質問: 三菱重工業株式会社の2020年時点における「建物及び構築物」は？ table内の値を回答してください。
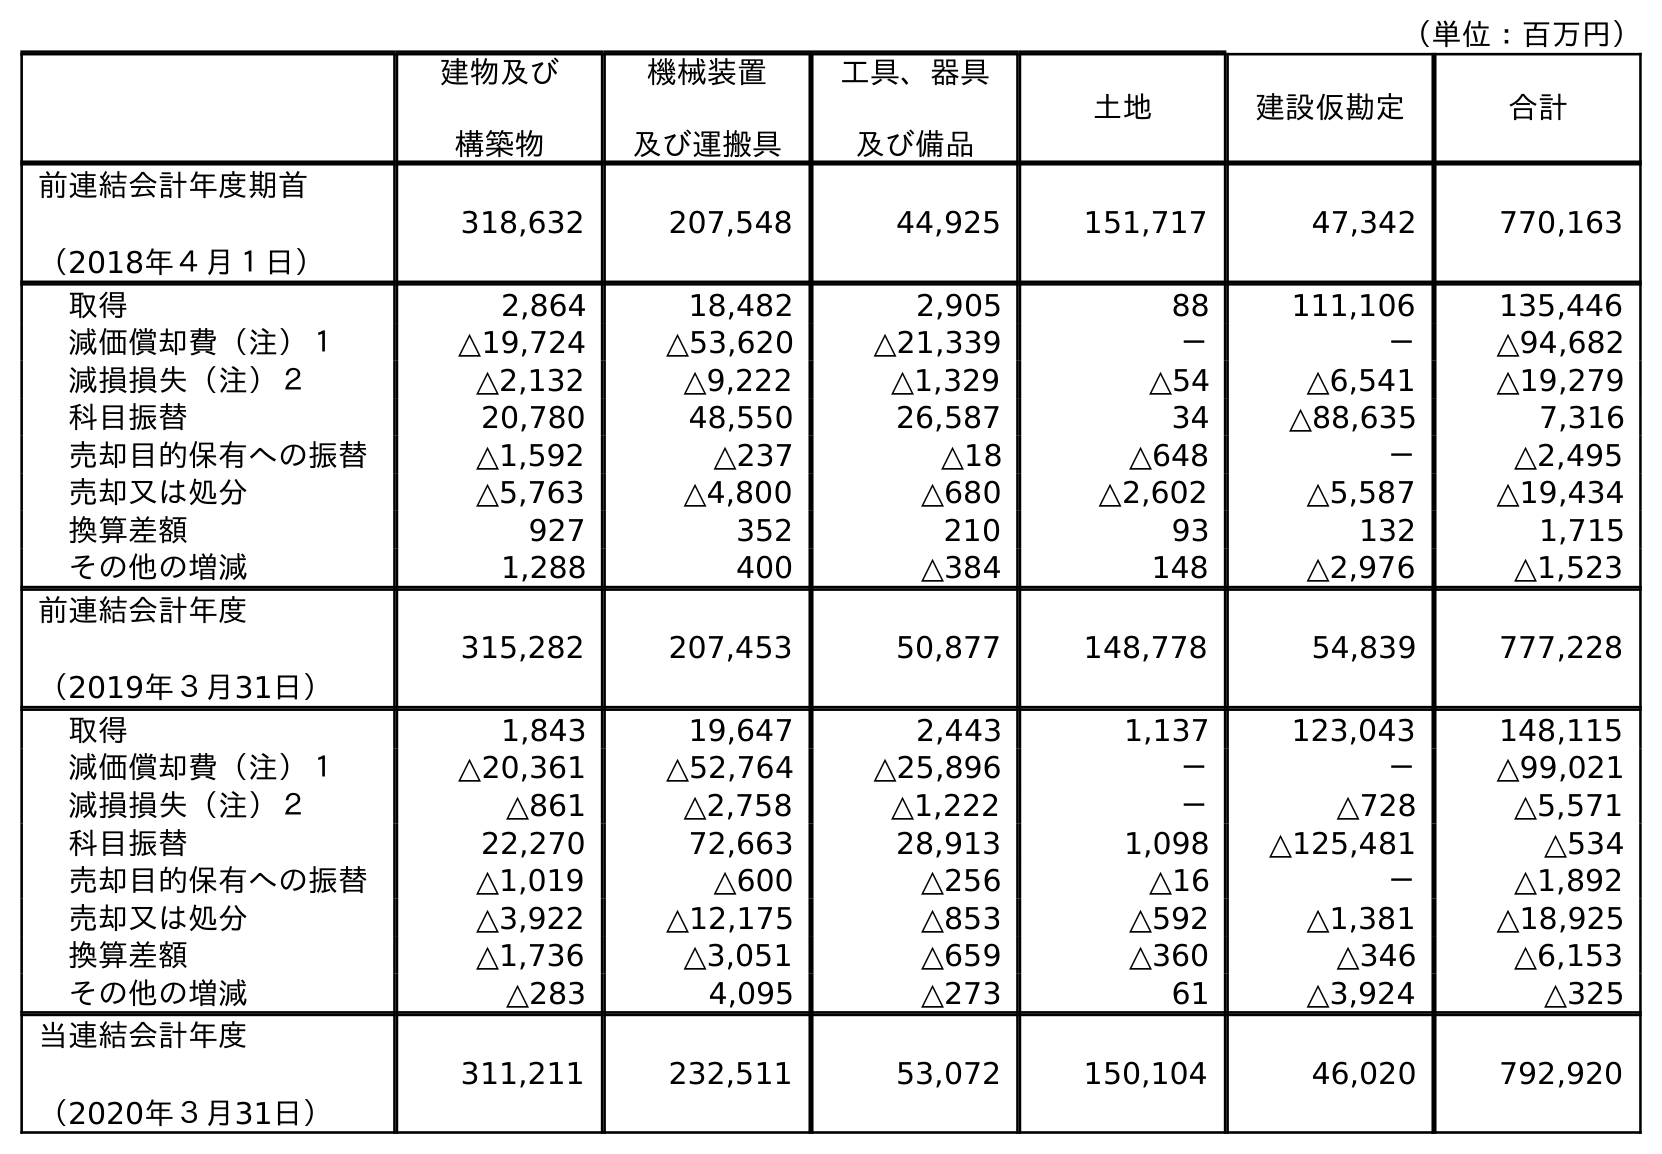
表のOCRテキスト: （単位：百万円） 建物及び 構築物 機械装置 及び運搬具 工具、器具 及び備品 土地 建設仮勘定 合計 前連結会計年度期首 （2018年４月１日） 318,632 207,548 44,925 151,717 47,342 770,163 取得 2,864 18,482 2,905 88 111,106 135,446 減価償却費（注）１ △19,724 △53,620 △21,339 － － △94,682 減損損失（注）２ △2,132 △9,222 △1,329 △54 △6,541 △19,279 科目振替 20,780 48,550 26,587 34 △88,635 7,316 売却目的保有への振替 △1,592 △237 △18 △648 － △2,495 売却又は処分 △5,763 △4,800 △680 △2,602 △5,587 △19,434 換算差額 927 352 210 93 132 1,715 その他の増減 1,288 400 △384 148 △2,976 △1,523 前連結会計年度 （2019年３月31日） 315,282 207,453 50,877 148,778 54,839 777,228 取得 1,843 19,647 2,443 1,137 123,043 148,115 減価償却費（注）１ △20,361 △52,764 △25,896 － － △99,021 減損損失（注）２ △861 △2,758 △1,222 － △728 △5,571 科目振替 22,270 72,663 28,913 1,098 △125,481 △534 売却目的保有への振替 △1,019 △600 △256 △16 － △1,892 売却又は処分 △3,922 △12,175 △853 △592 △1,381 △18,925 換算差額 △1,736 △3,051 △659 △360 △346 △6,153 その他の増減 △283 4,095 △273 61 △3,924 △325 当連結会計年度 （2020年３月31日） 311,211 232,511 53,072 150,104 46,020 792,920
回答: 311,211